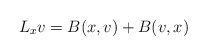
\begin{align*} L_x v = B(x,v) + B(v,x)\end{align*}